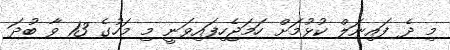
މި ދެ ފައިނަލް ކުޅުމަށް ހަމަޖެހިފައިވަނީ މި މަހުގެ 13 ވާ ބުދަ